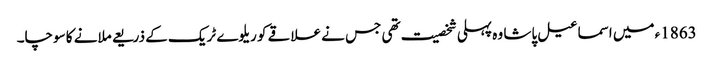
1863ء میں اسماعیل پاشا وہ پہلی شخصیت تھی جس نے علاقے کو ریلوے ٹریک کے ذریعے ملانے کا سوچا۔